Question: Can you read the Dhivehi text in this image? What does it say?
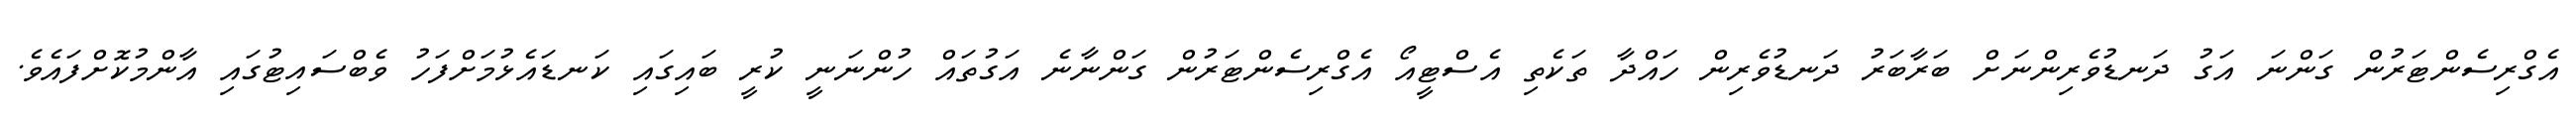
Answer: އެގްރިސެންޓަރުން ގަންނަ އަގު ދަނޑުވެރިންނަށް ބަރާބަރު ދަނޑުވެރިން ހައްދާ ތަކެތި އެސްޓީއޯ އެގްރިސެންޓަރުން ގަންނާނެ އަގުތައް ހުންނަނީ ކުރީ ބައިގައި ކަނޑައެޅުމަށްފަހު ވެބްސައިޓުގައި އާންމުކޮށްފައެވެ.